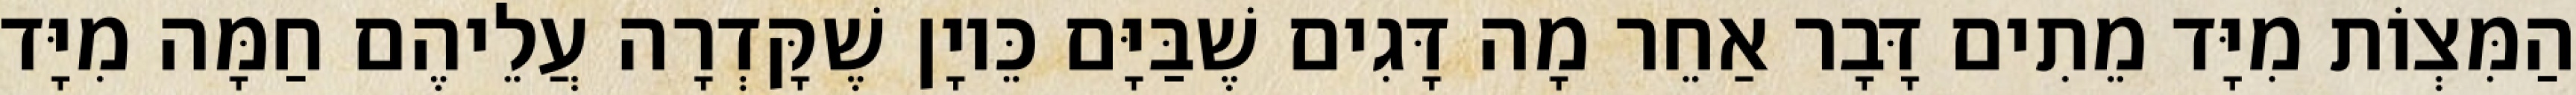
הַמִּצְוֹת מִיָּד מֵתִים דָּבָר אַחֵר מָה דָּגִים שֶׁבַּיָּם כֵּיוָן שֶׁקָּדְרָה עֲלֵיהֶם חַמָּה מִיָּד